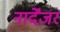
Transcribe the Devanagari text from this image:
नार्देंजर